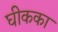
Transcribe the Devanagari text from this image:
घीकका